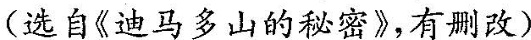
（选自《迪马多山的秘密》，有删改）